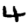
Digit: 4